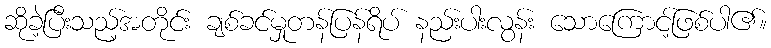
ဆိုခ့ဲပြီးသည့်အတိုင်း ချစ်ခင်မှုတန်ပြန်ရိပ် နည်းပါးလွန်း သောကြောင့်ဖြစ်ပါ၏။